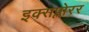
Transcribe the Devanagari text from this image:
इक्सप्लोरर